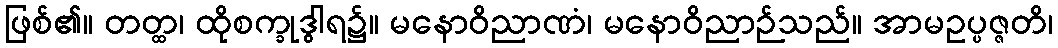
ဖြစ်၏။ တတ္ထ၊ ထိုစက္ခုဒွါရ၌။ မနောဝိညာဏံ၊ မနောဝိညာဉ်သည်။ အာမဥပ္ပဇ္ဇတိ၊